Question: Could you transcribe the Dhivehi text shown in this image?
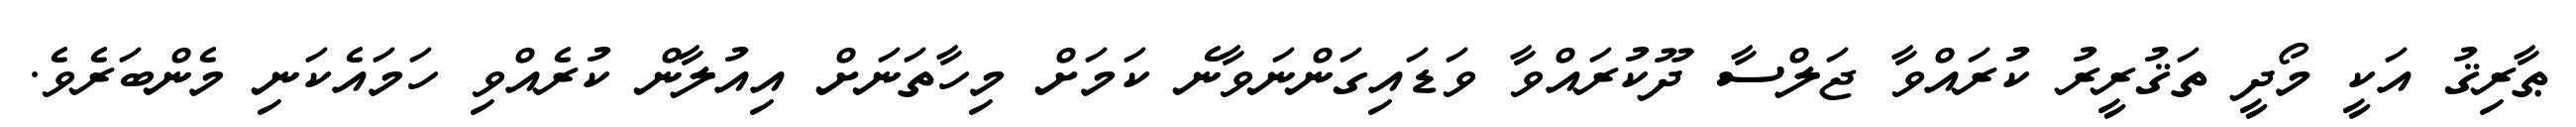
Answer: ޠާރިޤު އަކީ މޯދީ ތަޤުރީރު ކުރައްވާ ޖަލްސާ ދޫކުރައްވާ ވަޑައިގަންނަވާނެ ކަމަށް މިހާތަނަށް އިއުލާން ކުރެއްވި ހަމައެކަނި މެންބަރެވެ.